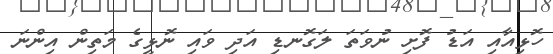
ހޮޅިއާއި އަޑު ފޮށި ނުވަތަ ލަގޮނޑި އަދި ވައި ނޮޅީގެ މަތިން އިންނަ